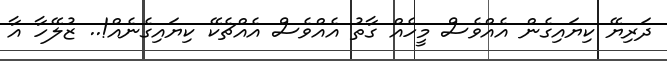
ދަރިޔޭ ކިޔައިގެން އެއްވެސް މީހެއް ގާތު އެއްވެސް އެއްޗެކޭ ކިޔައިގެނެއް!.. ޒުލޭހާ އާ